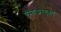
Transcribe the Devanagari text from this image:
एमाअरएनए